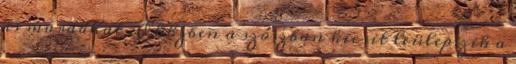
is maradhat . Eközben a szószban kicsit leülepszik a